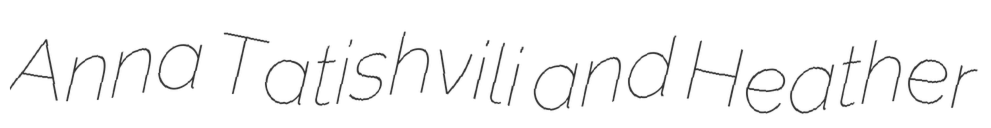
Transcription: Anna Tatishvili and Heather